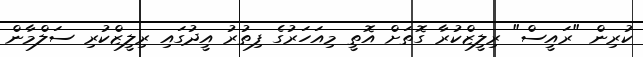
ކުރިން "ރައީސް" ރިލީޒްކުރާ ގޮތަށް އޮތީ މިއަހަރުގެ ފިތުރު އީދުގައި ރިލީޒްކުރި ސަލްމާން